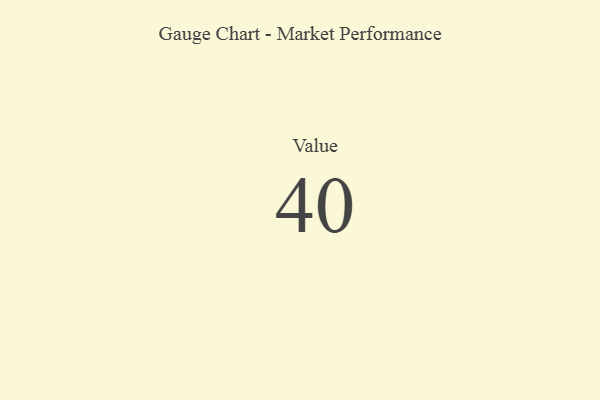
{"axis": {"x": "Metric", "y": "Value"}, "legend": [""], "data": [{"x": "Value", "y": 40, "type": ""}]}